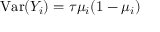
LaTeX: \operatorname { V a r } ( Y _ { i } ) = \tau \mu _ { i } ( 1 - \mu _ { i } ) \,